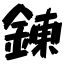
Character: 錬